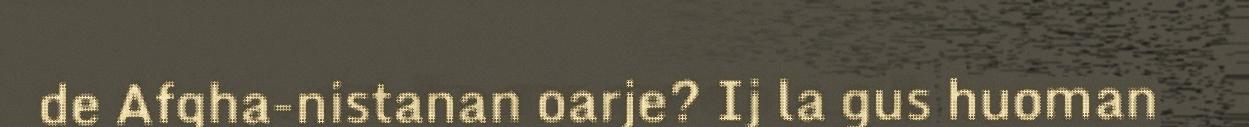
de Afgha-nistanan oarje? Ij la gus huoman